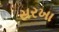
સરખા